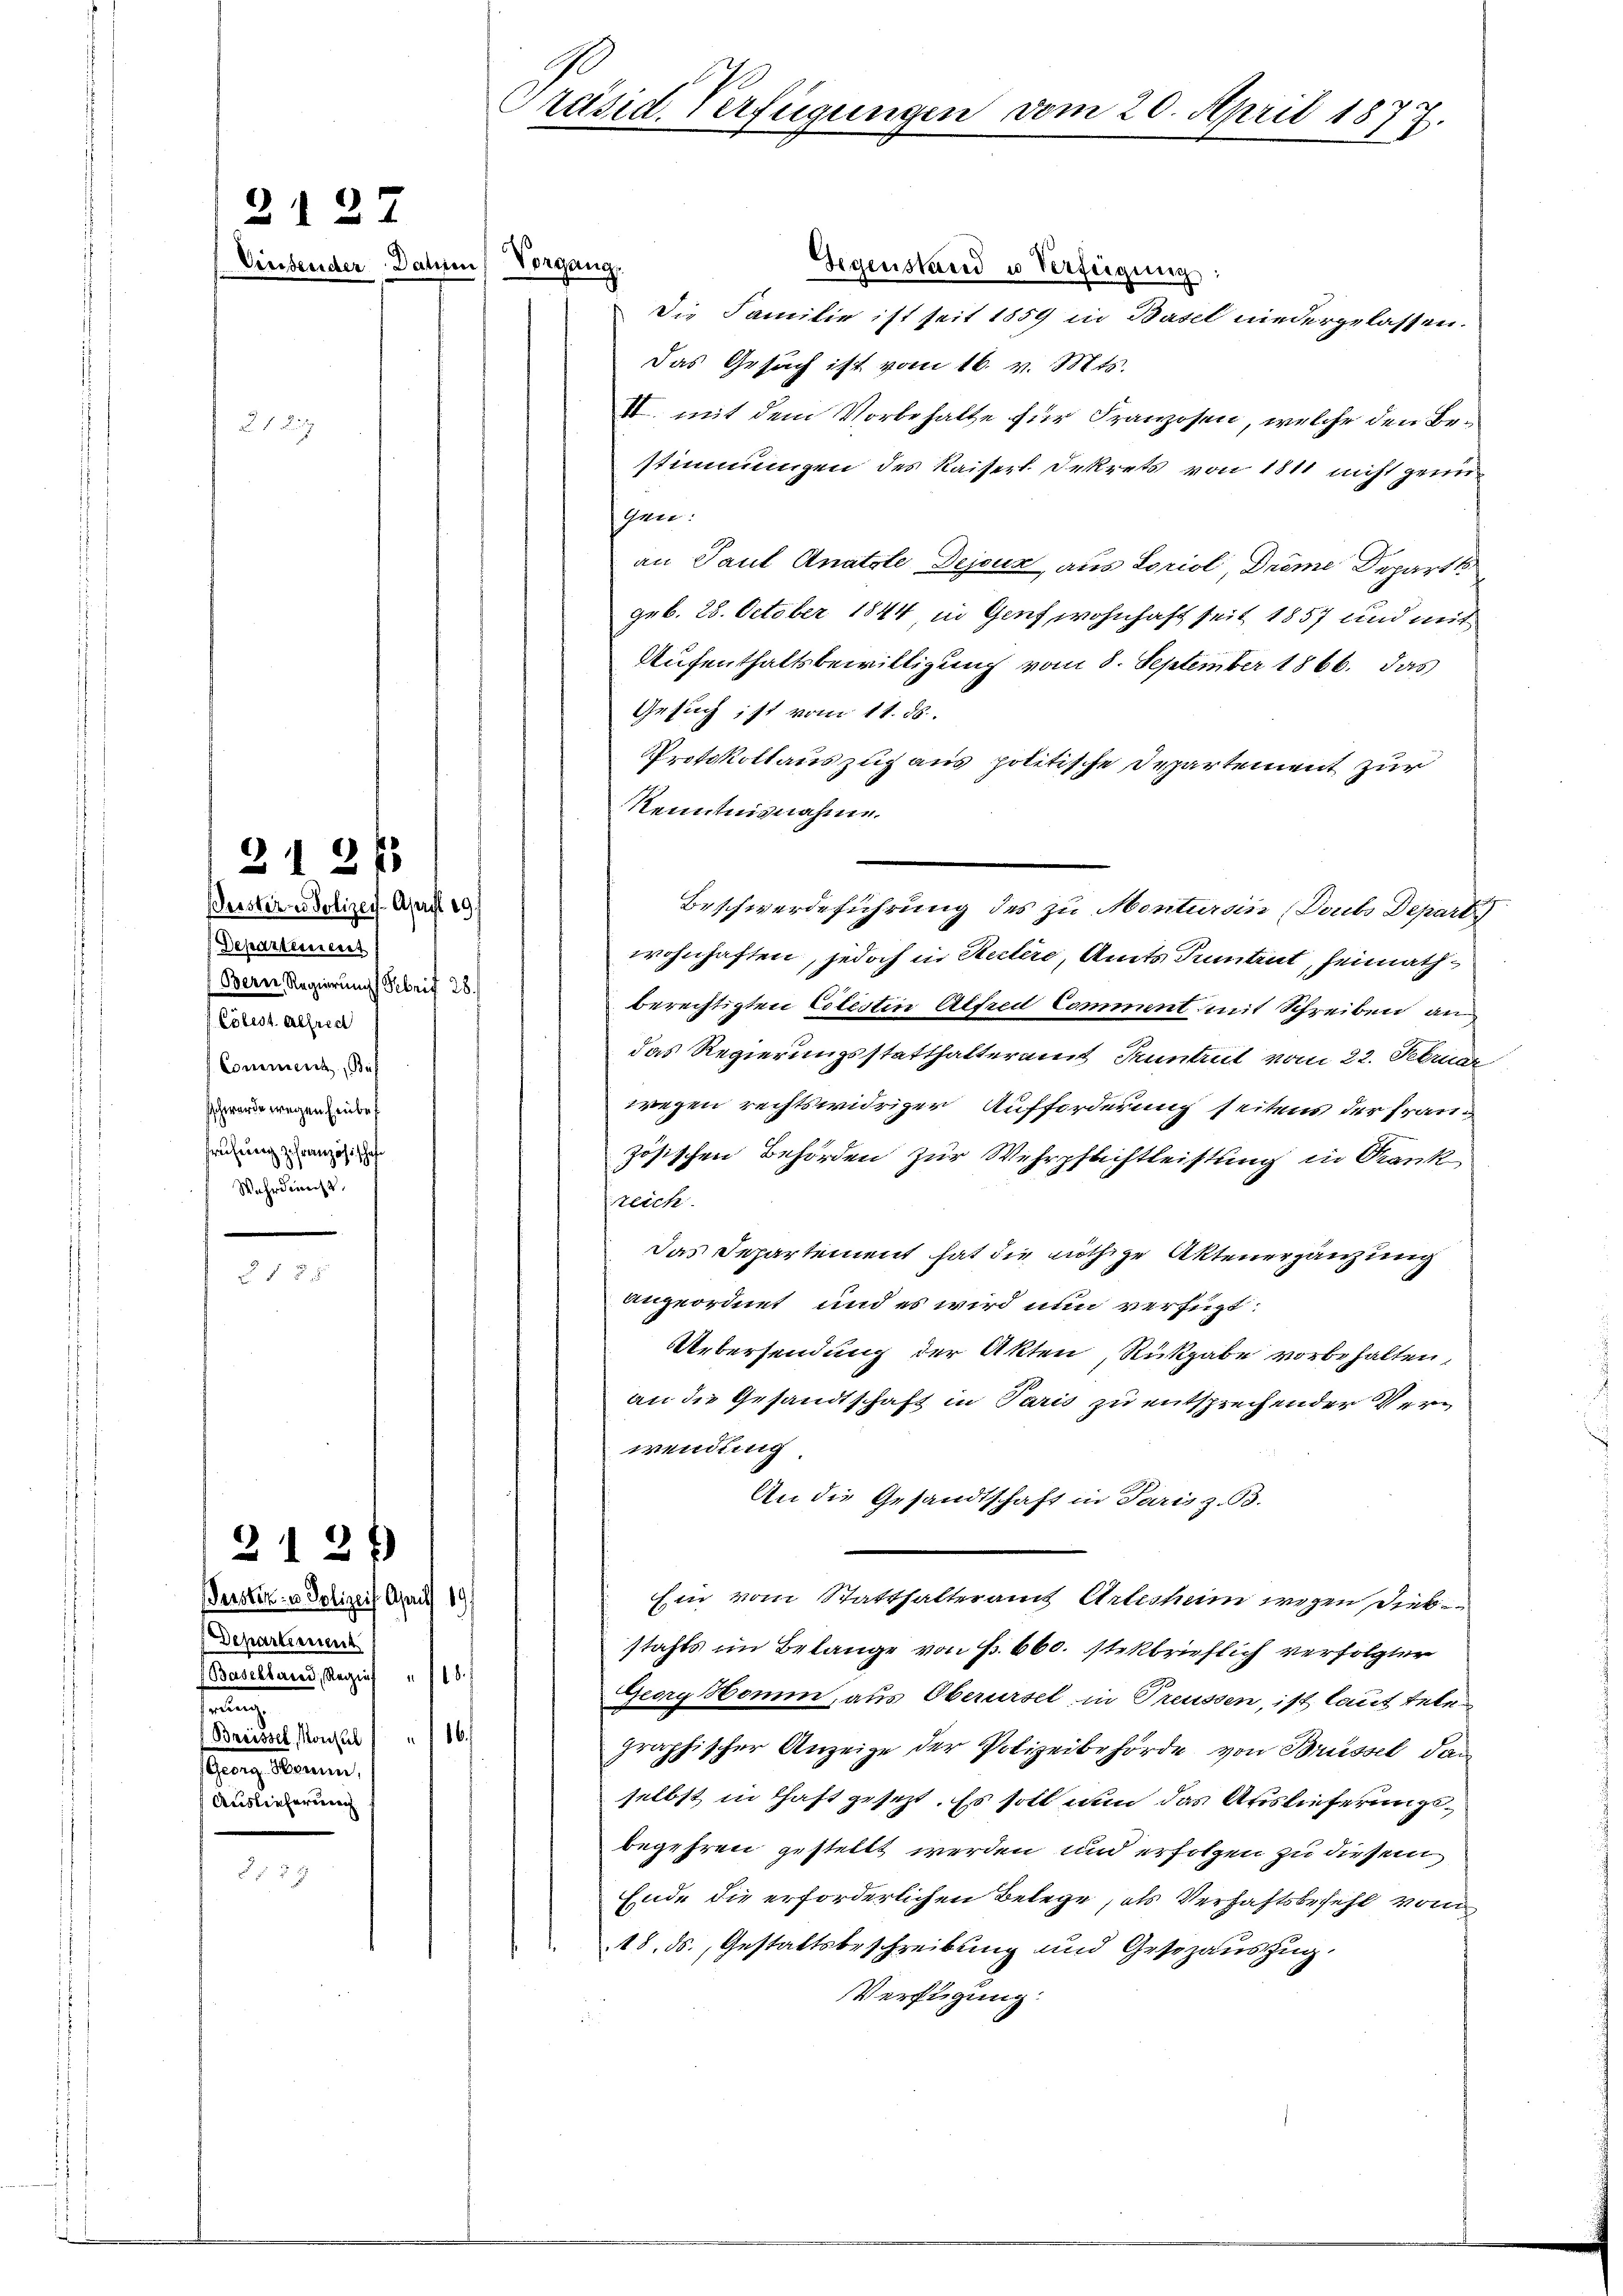
2127

Einsender Dahren Vorgang,

Departement
Bern, Regierungs Schrif 28.
Cölest. Alfred
Comment Bas
schwerde wegen Einberührung zufranzösischaf
Wehrdienst

21 2/3
Beistern Polizey-April 19

u 18

Perster- u Polizeif Asauf 19/
Departement
(Basellarii, Regie
e
 ton zu
rang kommen,
Auslieferung

2127

Die Familie ist seit 1859 in Basel niedergelassen.
Das Gesuch ist vom 16. v. Mts.
II. mit dem Vorbehalte für Franzosen, welche den Bestimmungen des Kaiserl. Dekrets von 1811 nicht gerin¬
Gen:
an Paul Anatole Dejeux, aus Loriol Drême Depart
geb. 28. October 1844 in Genf wohnhaft seit 1857 und mit
Aufenthaltsbewilligung vom 8. September 1866. das
Gesuch ist vom 11. ds.
Protokollauszug aus politische Departement zur
Kenntnisnahme.
Beschwerdeführung des zu Montursin (Doubs Depart
wohnhaften, jedoch in Reitere, Amts Tuntrut, Heimathberechtigten Eitestin Alfreit komment mit Schreiben an
das Regierungsstatthalteramt Suntrut vom 22. Februar
wegen rechtswidriger Aufforderung seitens der Franz
zösischen Behörden zur Wehrpflichtleistung in Krank
zeich
das Departement hat die nöthige Aktenergänzung
angeordnet und es wird nun verfügt:
Uebersendung der Akten, Rückgabe vorbehalten,
an die Gesandtschaft in Paris zu entsprechender Verwendung
An die Gesandtschaft in Paris z. 93.
Ein vom Statthalterauf Artisham wegen dies
stahls im Belange von P. 660. stekbrieflich verfolgter
18.
Georg Homm, aus Oberersel in Treussen, ist laut tele
graphischer Anzeige der Polizeibehörde von Brüssel das
selbst in Thaft gesezt. Es soll nun das Auslieferungsbegehren gestellt werden und erfolgen zu diesem
Ende die erforderlichen Belege, als Verhaftsbefehl vom
18. ds., Gestaltsbeschreibung und Gesezauszug.
Verfügung.

Präsid. Verfügungen vom 20. April 1877.

Gegenstand u Verfügung: